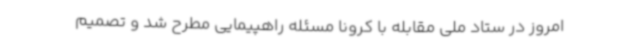
امروز در ستاد ملی مقابله با کرونا مسئله راهپیمایی مطرح شد و تصمیم